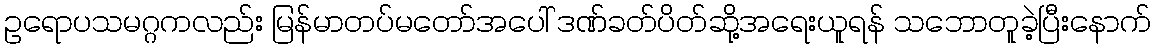
ဥရောပသမဂ္ဂကလည်း မြန်မာတပ်မတော်အပေါ် ဒဏ်ခတ်ပိတ်ဆို့အရေးယူရန် သဘောတူခဲ့ပြီးနောက်